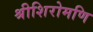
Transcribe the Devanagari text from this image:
श्रीशिरोमणि